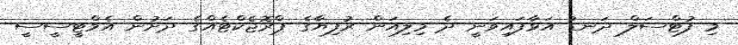
މި ފުޓްސަލް ދަނޑު އަޅާފައިވަނީ ދެ މިލިއަން ރުފިޔާގެ ޕްރޮޖެކްޓެއްގެ ދަށުން އެމްޓީސީސީ